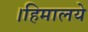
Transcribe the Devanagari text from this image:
।हिमालये